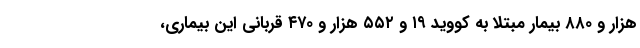
هزار و ۸۸۰ بیمار مبتلا به کووید ۱۹ و ۵۵۲ هزار و ۴۷۰ قربانی این بیماری،